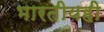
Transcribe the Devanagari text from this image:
भारतीयही